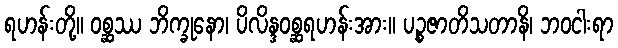
ရဟန်းတို့။ ဝစ္ဆဿ ဘိက္ခုနော၊ ပိလိန္ဒဝစ္ဆရဟန်းအား။ ပဉ္စဇာတိသတာနိ၊ ဘဝငါးရာ